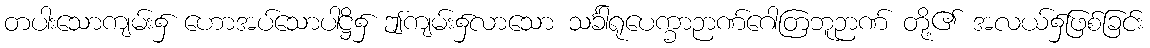
တပါးသောကျမ်း၌ ဟောအပ်သောပါဋ္ဌိ၌ ဤကျမ်း၌လာသော သင်္ခါရုပေက္ခာဉာဏ်ဂေါတြဘူဉာဏ် တို့၏ အလယ်၌ဖြစ်ခြင်း